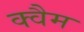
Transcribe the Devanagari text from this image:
क्वैम